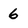
Character: 6